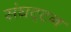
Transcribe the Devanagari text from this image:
संघट्‍टन